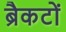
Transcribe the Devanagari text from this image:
ब्रैकटों